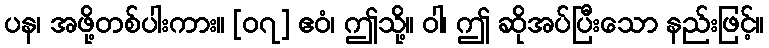
ပန၊ အဖို့တစ်ပါးကား။ [၀၇] ဧဝံ၊ ဤသို့။ ဝါ၊ ဤ ဆိုအပ်ပြီးသော နည်းဖြင့်။